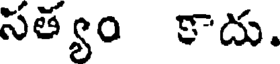
సత్యం కాదు.